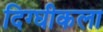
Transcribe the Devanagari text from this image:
दिग्घीकला